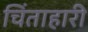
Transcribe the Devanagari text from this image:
चिंताहारी